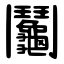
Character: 鬮